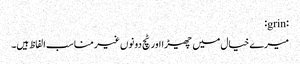
:grin:
میرے خیال میں چھیڑا اور ٹچ دونوں غیر مناسب الفاظ ہیں۔